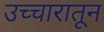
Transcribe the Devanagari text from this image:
उच्चारातून